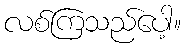
လစ်ကြသည်ပေါ့။